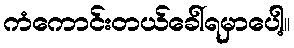
ကံကောင်းတယ်ခေါ်ရမှာပေါ့။